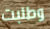
وطلبت